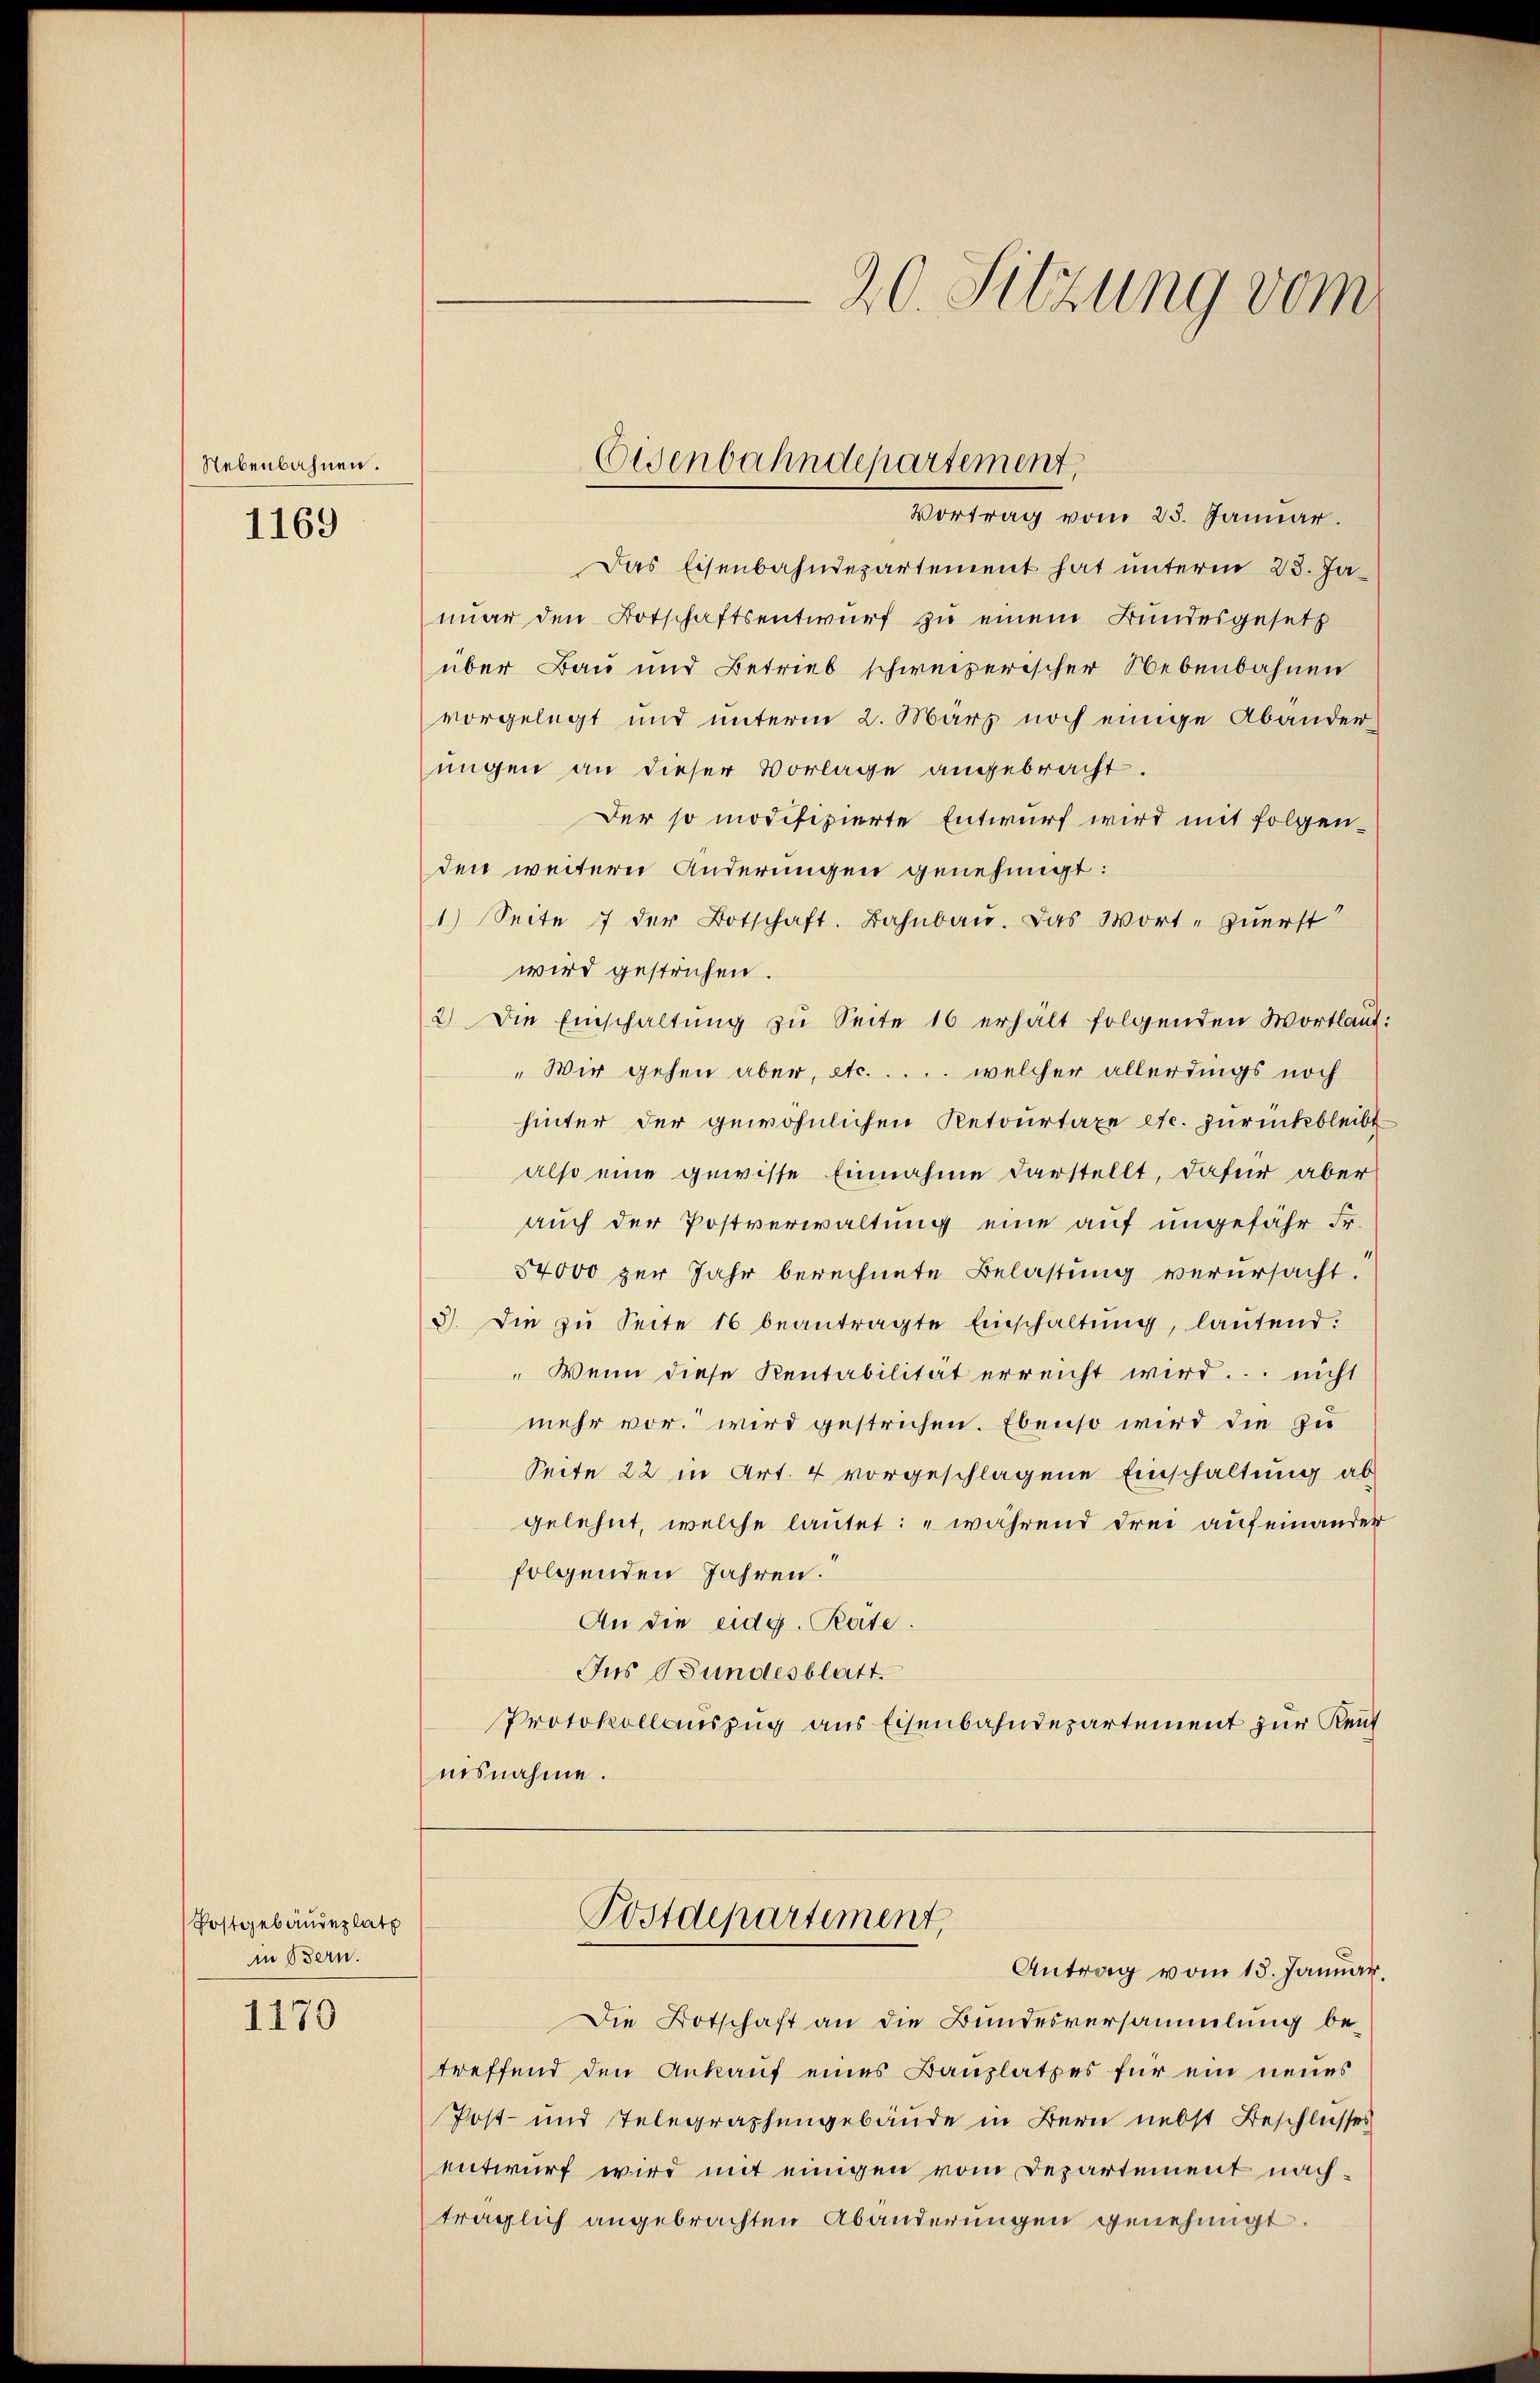
Nebenbahnen.

1169

Postgebäudeplatz
in Bern.

1170

Vortrag vom 25. Januar.
Das Eisenbahndepartement hat unterm 23. Januar den Botschaftsentwurf zu einem Bundesgesetz
über Bau und Betrieb schweizerischer Nebenbahnen
vorgelegt und unterm 2. März noch einige Abändernügen an dieser Vorlage angebracht.
Der so modifizierte Entwurf wird mit folgenden weitern Änderungen genehmigt:
1) Seite 7 der Botschaft. Bahnbau. Das Wort- Zuerst
wird gestrichen.
2) Die Einschaltŭng zu Seite 16 erhalt folgenden Wortlaut
„Wir gehen aber, etc. . . . . welcher allerdings noch
hinter der gewöhnlichen Retourtaxe etc. zurückbleibt
also eine gewisse Einnahme darstellt, dafür aber
auch der Postverwaltung eine auf ungefahr Fr.
54000 zur Jahr berechnete Belastung verursacht.
3). Die zŭ Seite 16 beantragte Einschaltŭng, lautend:
" Wenn diese Rentabilität erreicht wird. nicht
mehr vor. wird gestrichen. Ebenso wird die zu
Seite 22 in Art. 4 vorgeschlagene Einschaltung ab
gelehnt, welche lautet: „während drei aufeinander
folgenden Jahren.
An die eidg. Pate
Jus Bundesblatt.
Protokollauszug aus Eisenbahndepartement zur Kauf
nisnahme.

Eisenbahndepartement,

Postdepartement,

20. Sitzung vom

Antrag vom 13. Januar,
Die Botschaft an die Bundesversammlung betreffend den Ankauf eines Bauplatzes für ein neues
Post- und Telegraphengebäude in Bern nebst Beschlusses
entwurf wird mit einigen vom Departement nachträglich angebrachten Abänderungen genehmigt.